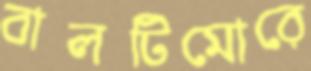
বালটিমোরে